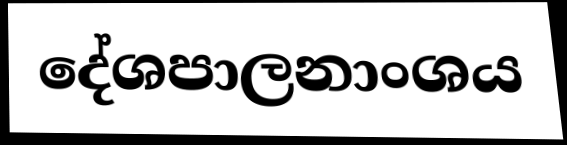
දේශපාලනාංශය